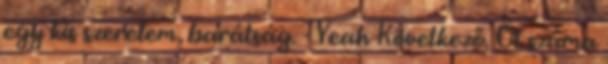
egy kis szerelem, barátság. - Yeah Következő. Öt száma